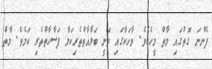
ފެންނަ ގޮތުގައި މާތް މީހެކެވެ. ވާހަކާގައި ވަނީ ބަލާޣާތްތެރިކަމާ ފަސާޙާތްތެރި ކަމެވެ. މާތް